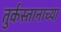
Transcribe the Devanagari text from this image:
तुर्कस्तानाच्या